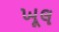
ખૂલ